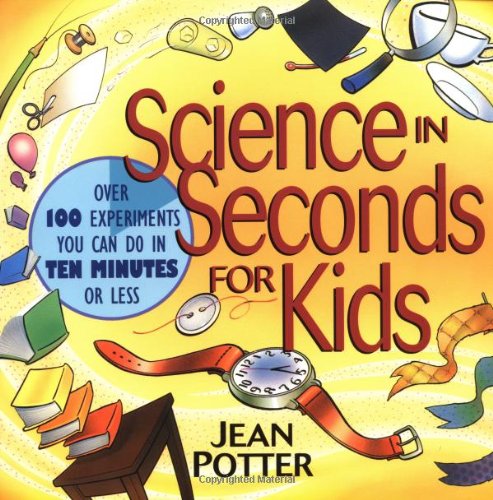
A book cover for Science in Seconds for Kids: Over 100 Experiments You Can Do in Ten Minutes or Less; Jean Potter; Children's Books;